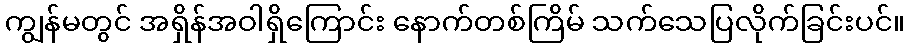
ကျွန်မတွင် အရှိန်အဝါရှိကြောင်း နောက်တစ်ကြိမ် သက်သေပြလိုက်ခြင်းပင်။